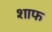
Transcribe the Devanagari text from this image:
शाफ